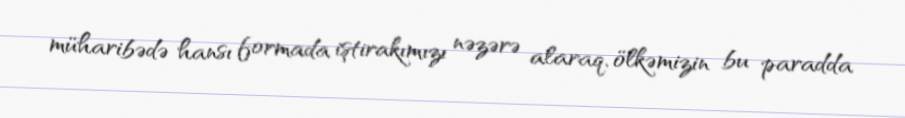
müharibədə hansı formada iştirakımızı nəzərə alaraq, ölkəmizin bu paradda